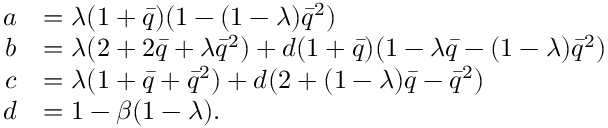
\begin{array} { r l } { a } & { = \lambda ( 1 + \bar { q } ) ( 1 - ( 1 - \lambda ) \bar { q } ^ { 2 } ) } \\ { b } & { = \lambda ( 2 + 2 \bar { q } + \lambda \bar { q } ^ { 2 } ) + d ( 1 + \bar { q } ) ( 1 - \lambda \bar { q } - ( 1 - \lambda ) \bar { q } ^ { 2 } ) } \\ { c } & { = \lambda ( 1 + \bar { q } + \bar { q } ^ { 2 } ) + d ( 2 + ( 1 - \lambda ) \bar { q } - \bar { q } ^ { 2 } ) } \\ { d } & { = 1 - \beta ( 1 - \lambda ) . } \end{array}